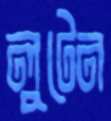
লুটেন